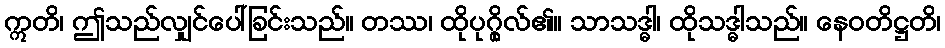
ဣတိ၊ ဤသည်လျှင်ပေါ်ခြင်းသည်။ တဿ၊ ထိုပုဂ္ဂိုလ်၏။ သာသဒ္ဓါ၊ ထိုသဒ္ဓါသည်။ နေဝတိဋ္ဌတိ၊